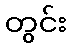
တွင်း